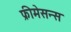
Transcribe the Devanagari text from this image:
फ्रीमेसन्स